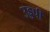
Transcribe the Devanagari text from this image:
उड्डपी